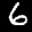
Label: 6